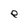
Character: e